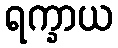
ရက္ခာယ